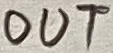
Text: OUT